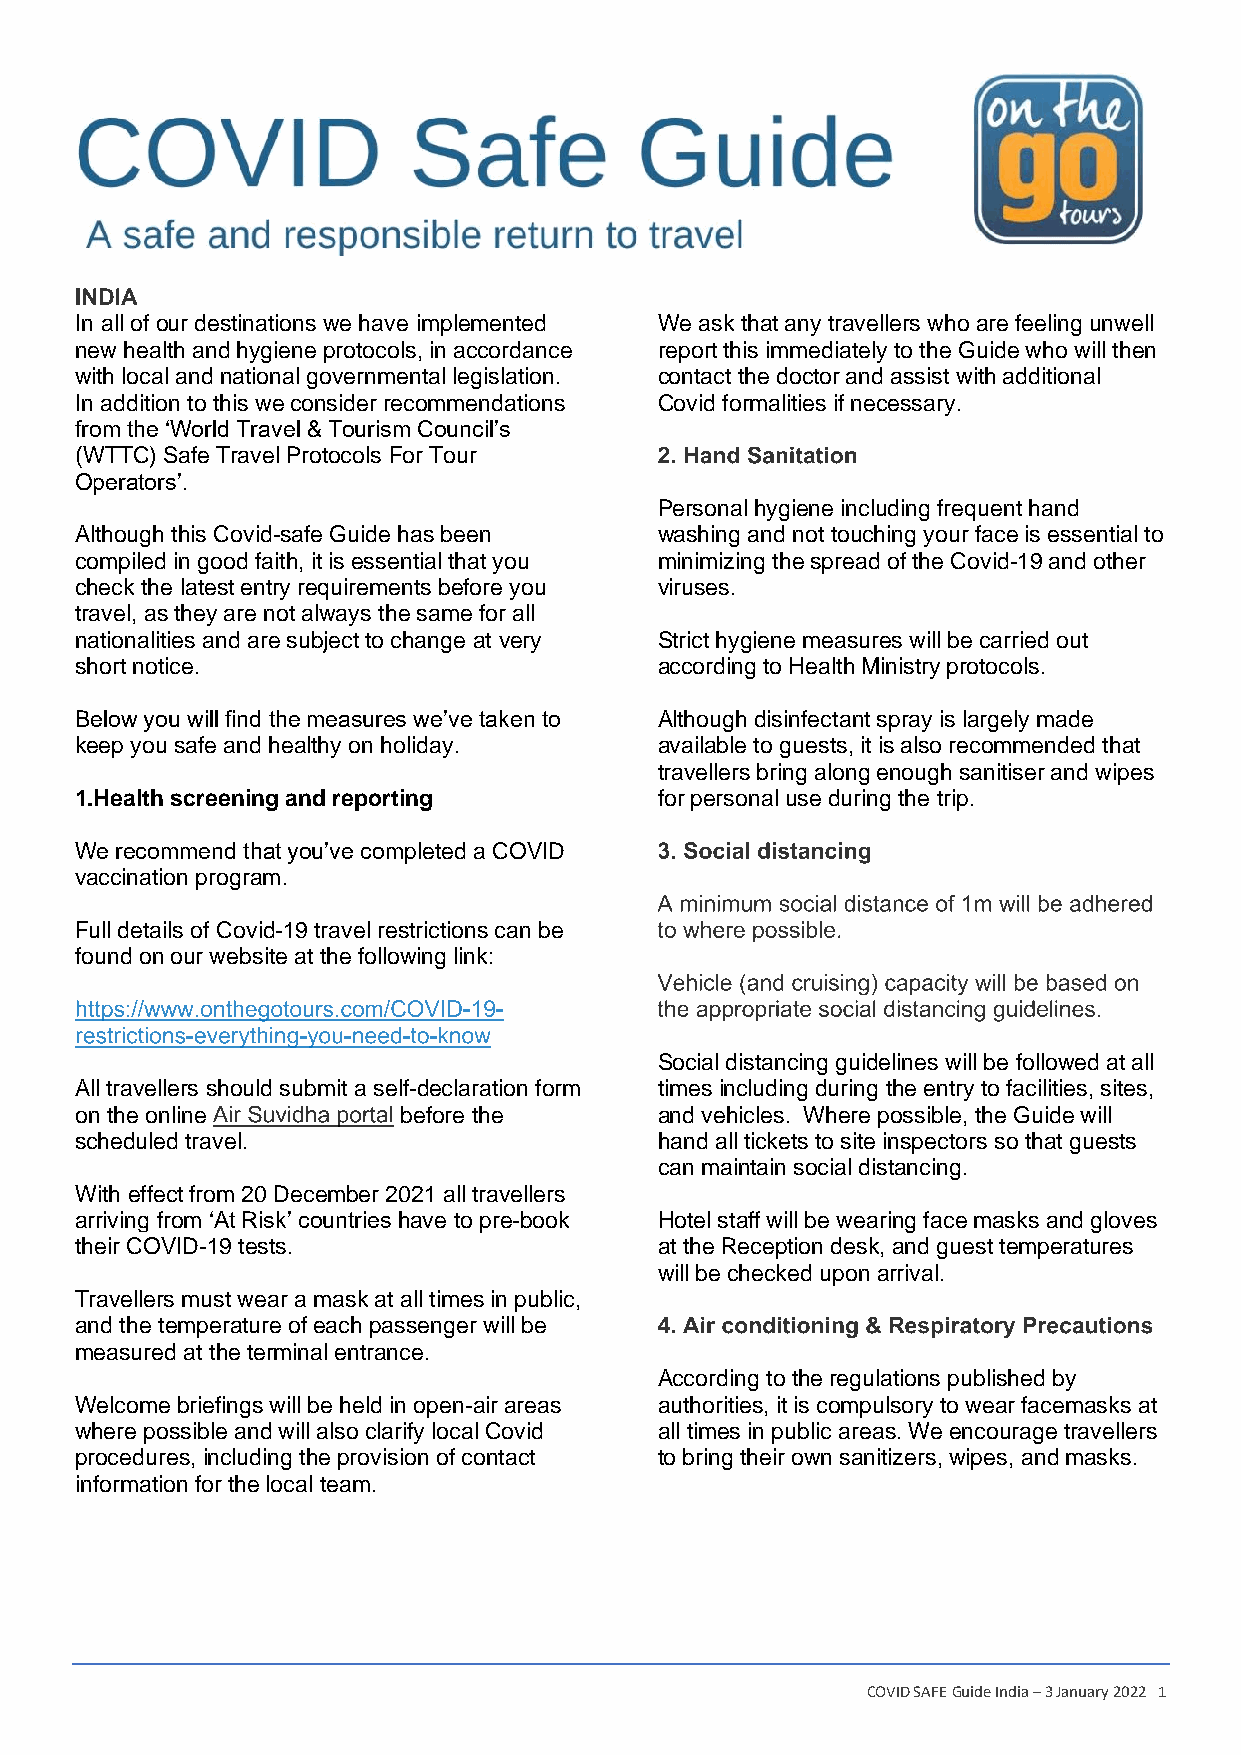
In all of our destinations we have implemented We ask that any travellers who are feeling unwell
 new health and hygiene protocols, in accordance report this immediately to the Guide who will then
 with local and national governmental legislation. contact the doctor and assist with additional
 In addition to this we consider recommendations Covid formalities if necessary.
 from the ‘World Travel & Tourism Council’s
 (WTTC) Safe Travel Protocols For Tour
 Operators’.
 Personal hygiene including frequent hand
 Although this Covid-safe Guide has been washing and not touching your face is essential to
 compiled in good faith, it is essential that you minimizing the spread of the Covid-19 and other
 check the latest entry requirements before you viruses.
 travel, as they are not always the same for all
 nationalities and are subject to change at very Strict hygiene measures will be carried out
 short notice.                          according to Health Ministry protocols.
 Below you will find the measures we’ve taken to Although disinfectant spray is largely made
 keep you safe and healthy on holiday.  available to guests, it is also recommended that
 travellers bring along enough sanitiser and wipes
 1.Health screening and reporting       for personal use during the trip.
 We recommend that you’ve completed a COVID
 vaccination program.
 Full details of Covid-19 travel restrictions can be
 found on our website at the following link:
 Social distancing guidelines will be followed at all
 All travellers should submit a self-declaration form times including during the entry to facilities, sites,
 on the online        before the        and vehicles. Where possible, the Guide will
 scheduled travel.                      hand all tickets to site inspectors so that guests
 can maintain social distancing.
 With effect from 20 December 2021 all travellers
 arriving from ‘At Risk’ countries have to pre-book Hotel staff will be wearing face masks and gloves
 their COVID-19 tests.                  at the Reception desk, and guest temperatures
 will be checked upon arrival.
 Travellers must wear a mask at all times in public,
 and the temperature of each passenger will be
 measured at the terminal entrance.
 According to the regulations published by
 Welcome briefings will be held in open-air areas authorities, it is compulsory to wear facemasks at
 where possible and will also clarify local Covid all times in public areas. We encourage travellers
 procedures, including the provision of contact to bring their own sanitizers, wipes, and masks.
 information for the local team.
 COVID SAFE Guide India – 3 January 2022 1